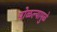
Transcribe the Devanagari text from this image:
पोळल्यामुळे